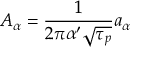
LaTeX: A _ { \alpha } = \frac { 1 } { 2 \pi \alpha ^ { \prime } \sqrt { \tau _ { p } } } a _ { \alpha }